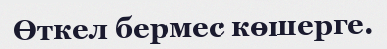
Өткел бермес көшерге.